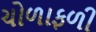
ચોળાફળી